Annual report on the working of the lock hospitals in the Central Provinces
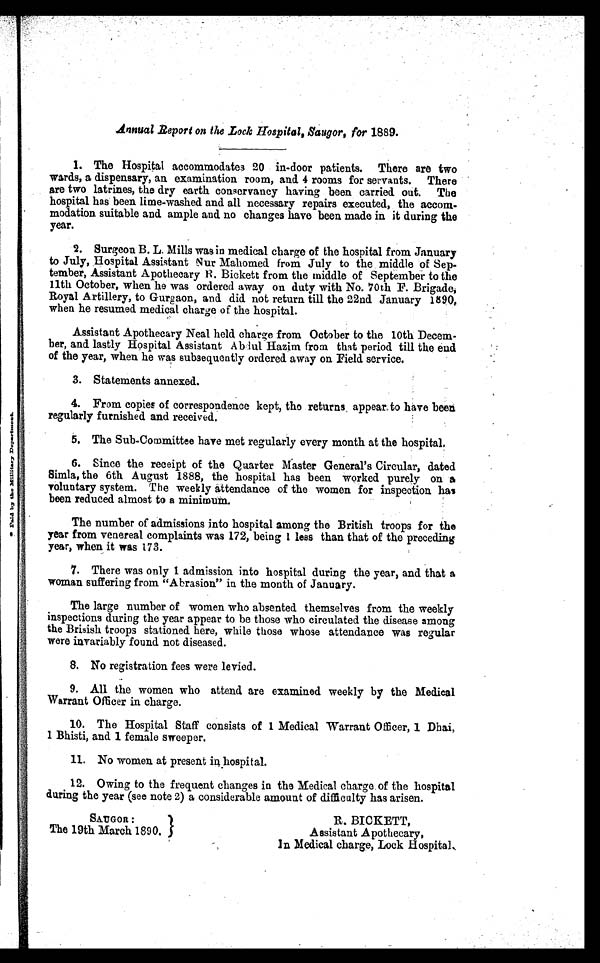
Annual Report on the Lock Hospital, Saugor, for 1889.
1. The Hospital accommodates 20 in-door patients. There are two
wards, a dispensary, an examination room, and. 4 rooms for servants. There
are two latrines, the dry earth conservancy having been carried out. The
hospital has been lime-washed and all necessary repairs executed, the accom-
modation suitable and ample and no changes have been made in it during the
year.
2. Surgeon B. L. Mills was in medical charge of the hospital from January
to July, Hospital Assistant Nur Mahomed from July to the middle of Sep-
tember, Assistant Apothecary B. Bickett from the middle of September to the
11th October, when he was ordered away on duty with No. 70th F. Brigade,
Royal Artillery, to Gurgaon, and did not return till the 22nd January 1890,
when he resumed medical charge of the hospital.
Assistant Apothecary Neal held, charge from October to the 10th Decem-
ber, and lastly Hospital Assistant Abdul Hazim from that period till the end
of the year, when he was subsequently ordered away on Field service.
3. Statements annexed.
4. From copies of correspondence kept, the returns appear to have been
regularly furnished and received.
5. The Sub-Committee have met regularly every month at the hospital.
6. Since the receipt of the Quarter Master General's Circular, dated
Simla, the 6th August 1888, the hospital has been worked purely on a
voluntary system. The weekly attendance of the women for inspection has
been reduced almost to a minimum.
The number of admissions into hospital among the British troops for the
year from venereal complaints was 172, being 1 less than that of the preceding
year, when it was 173.
7. There was only 1 admission into hospital during the year, and that a
woman suffering from "Abrasion" in the month of January.
The large number of women who absented themselves from the weekly
inspections during the year appear to be those who circulated the disease among
the Brisish troops stationed here, while those whose attendance was regular
were invariably found not diseased.
8. No registration fees were levied.
9. All the women who attend are examined weekly by the Medica
Warrant Officer in charge.
10. The Hospital Staff consists of 1 Medical Warrant Officer, 1 Dhai,
1 Bhisti, and 1 female sweeper.
11. No women at present in hospital.
12. Owing to the frequent changes in the Medical charge of the hospital
during the year (see note 2) a considerable amount of difficulty has arisen.
SAUGOR:
The 19th March 1890.
R. BICKETT,
Assistant Apothecary,
In Medical charge, Lock Hospital.